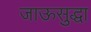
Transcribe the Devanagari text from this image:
जाऊसुद्धा